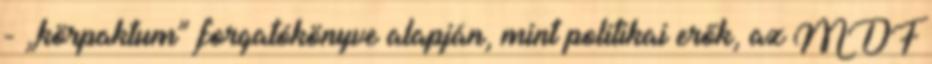
- „körpaktum” forgatókönyve alapján, mint politikai erők, az MDF